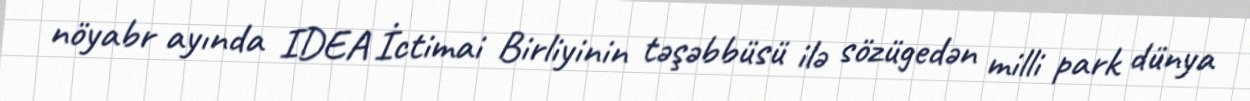
nöyabr ayında IDEA İctimai Birliyinin təşəbbüsü ilə sözügedən milli park dünya